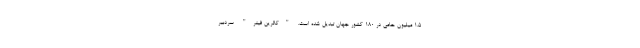
1.5 میلیون حامی در 180 کشور جهان تبدیل شده است. "کاثرین فینر" سردبیر